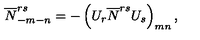
\overline { { N } } _ { - m - n } ^ { r s } = - \left( U _ { r } \overline { { N } } ^ { r s } U _ { s } \right) _ { m n } ,